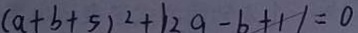
( a + b + 5 ) ^ { 2 } + \vert 2 . 9 - b + 1 \vert = 0